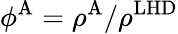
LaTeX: \phi^{\mathrm{A}}=\rho^{\mathrm{A}}/\rho^{\mathrm{LHD}}